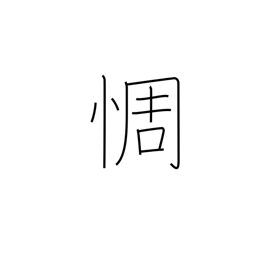
Meaning: be disappointed